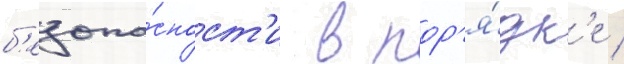
б'езопа́сност'и в пор'я́дк'е /